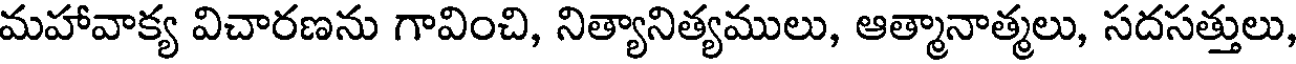
మహావాక్య విచారణను గావించి, నిత్యానిత్యములు, ఆత్మానాత్మలు, సదసత్తులు,